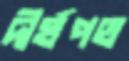
দীর্ঘপথ